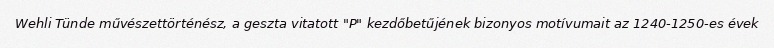
Wehli Tünde művészettörténész, a geszta vitatott "P" kezdőbetűjének bizonyos motívumait az 1240-1250-es évek